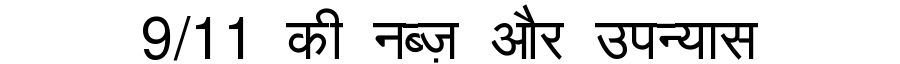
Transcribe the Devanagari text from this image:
9/11 की नब्ज़ और उपन्यास